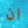
ان